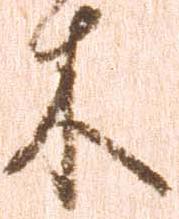
木